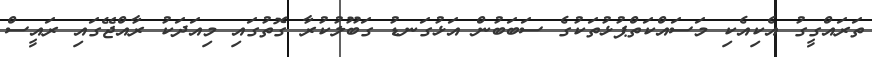
ތަރައްގީގު އެކިއެކި މަސައްކަތްޕުޅުތަކުގެ ސަބަބުން އަޅުގަނޑު ގަބޫލުކުރާ ގޮތުގައި މިއަދަކު ރާއްޖޭގައި ރައީސް